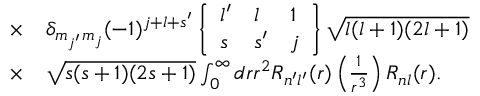
\begin{array} { r l } { \times } & { { } \delta _ { m _ { j ^ { \prime } } m _ { j } } ( - 1 ) ^ { j + l + s ^ { \prime } } \left\{ \begin{array} { l l l } { l ^ { \prime } } & { l } & { 1 } \\ { s } & { s ^ { \prime } } & { j } \end{array} \right\} \sqrt { l ( l + 1 ) ( 2 l + 1 ) } } \\ { \times } & { { } \sqrt { s ( s + 1 ) ( 2 s + 1 ) } \int _ { 0 } ^ { \infty } d r r ^ { 2 } R _ { n ^ { \prime } l ^ { \prime } } ( r ) \left( \frac { 1 } { r ^ { 3 } } \right) R _ { n l } ( r ) . } \end{array}